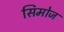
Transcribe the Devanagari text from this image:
सिमोज